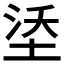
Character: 𪣡